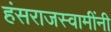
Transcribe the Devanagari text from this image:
हंसराजस्वामींनी